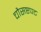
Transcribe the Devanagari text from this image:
चौसष्टपट